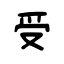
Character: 受